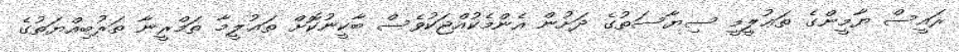
ރައީސް ޔާމީންގެ ތަޢުލީމީ ސިޔާސަތުގެ ދަށުން އެންމެކުއްޖަކުވެސް ބާކީނުކޮށް ތަޢުލީމާ ތަމްރީނާ ތަރުބިއްޔަތުގެ